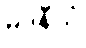
မဒနီယံ